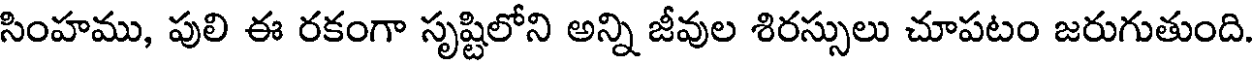
సింహము, పులి ఈ రకంగా సృష్టిలోని అన్ని జీవుల శిరస్సులు చూపటం జరుగుతుంది